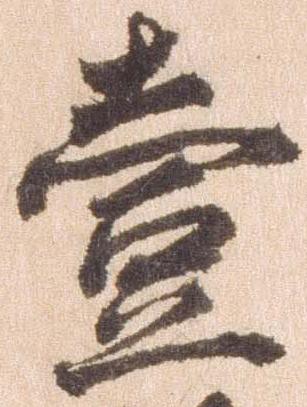
壱